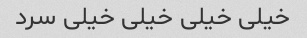
خیلی خیلی خیلی خیلی سرد